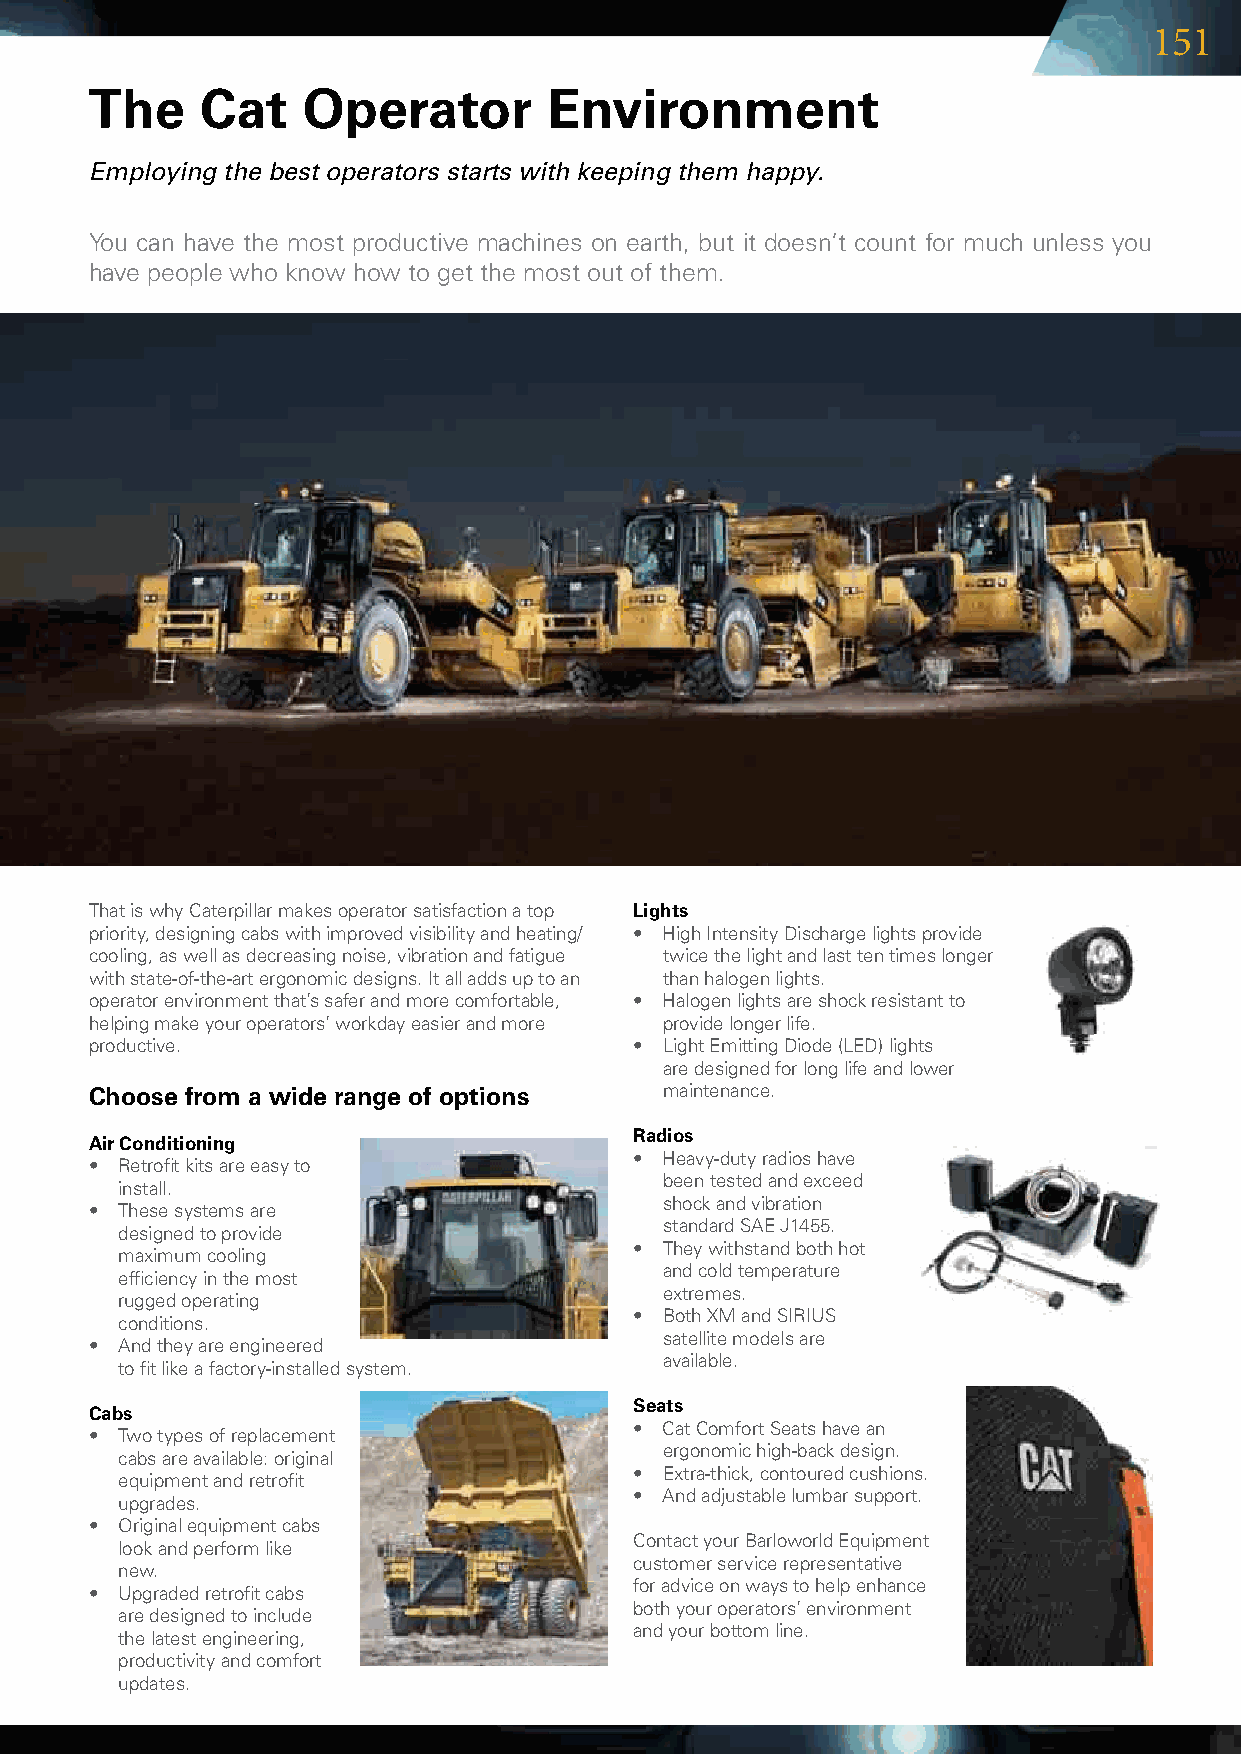
151
 The    Cat    Operator        Environment
 Employing the best operators starts with keeping them happy.
 Youcanhavethemostproductivemachinesonearth,butitdoesn’tcountformuchunlessyou
 havepeoplewhoknowhowtogetthemostoutofthem.
 ThatiswhyCaterpillarmakesoperatorsatisfactionatop Lights
 priority,designingcabswithimprovedvisibilityandheating/ • HighIntensityDischargelightsprovide
 cooling,aswellasdecreasingnoise,vibrationandfatigue twicethelightandlasttentimeslonger
 withstate-of-the-artergonomicdesigns.Italladdsuptoan thanhalogenlights.
 operatorenvironmentthat’ssaferandmorecomfortable, • Halogenlightsareshockresistantto
 helpingmakeyouroperators’workdayeasierandmore providelongerlife.
 productive.                        • LightEmittingDiode(LED)lights
 aredesignedforlonglifeandlower
 Choose from a wide range of options   maintenance.
 Radios
 Air Conditioning
 • Heavy-dutyradioshave
 • Retrofitkitsareeasyto
 beentestedandexceed
 install.
 shockandvibration
 • Thesesystemsare
 standardSAEJ1455.
 designedtoprovide
 • Theywithstandbothhot
 maximumcooling
 andcoldtemperature
 efficiencyinthemost
 extremes.
 ruggedoperating
 • BothXMandSIRIUS
 conditions.
 satellitemodelsare
 • Andtheyareengineered
 available.
 tofitlikeafactory-installedsystem.
 Seats
 Cabs
 • CatComfortSeatshavean
 • Twotypesofreplacement
 ergonomichigh-backdesign.
 cabsareavailable:original
 • Extra-thick,contouredcushions.
 equipmentandretrofit
 • Andadjustablelumbarsupport.
 upgrades.
 • Originalequipmentcabs
 ContactyourBarloworldEquipment
 lookandperformlike
 customerservicerepresentative
 new.
 foradviceonwaystohelpenhance
 • Upgradedretrofitcabs
 bothyouroperators’environment
 aredesignedtoinclude
 andyourbottomline.
 thelatestengineering,
 productivityandcomfort
 updates.